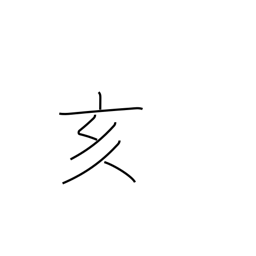
Meaning: 9-11PM